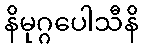
နိမုဂ္ဂပေါသီနိ